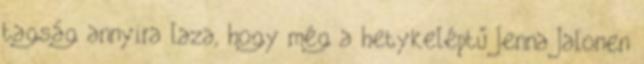
tagság annyira laza, hogy még a hetykeléptű Jenna Jalonen